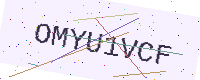
Text: OMYU1VCF